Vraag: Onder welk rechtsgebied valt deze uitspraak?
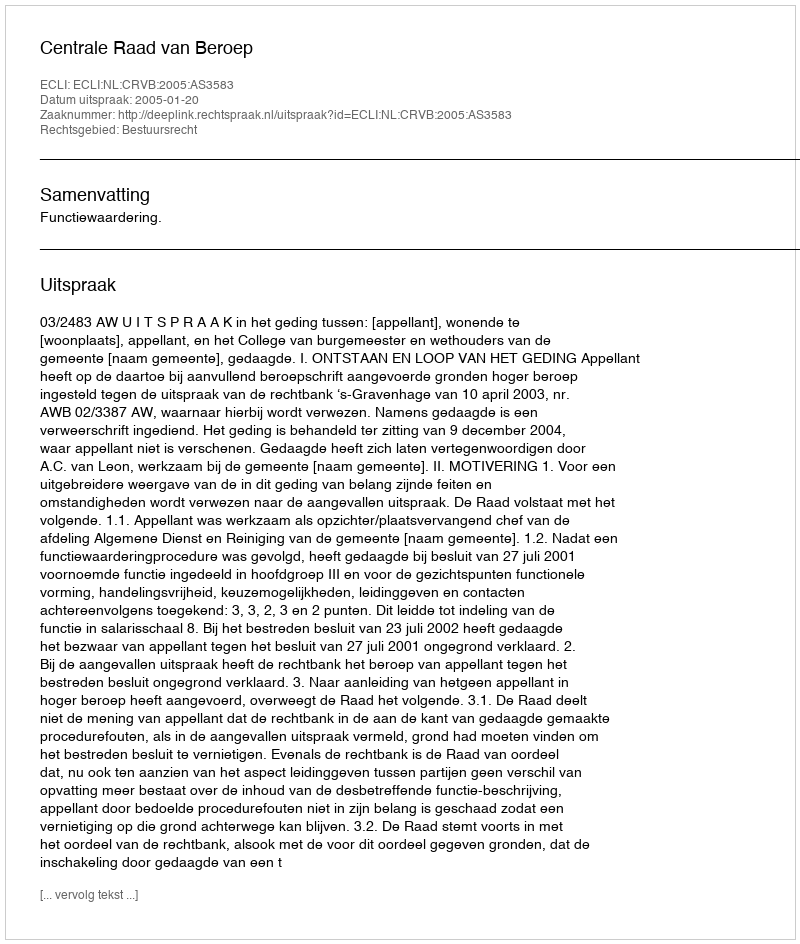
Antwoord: Bestuursrecht